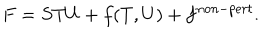
F = S T U + f ( T , U ) + f ^ { n o n - p e r t } .